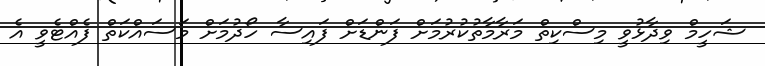
ޝަހީމް ވިދާޅުވީ މިސްކިތް މަރާމާތުކުރުމަށް ފަންޑަށް ފައިސާ ހޯދުމަށް މަސައްކަތް ފެއްޓެވީ އެ